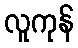
လူကုန်